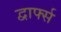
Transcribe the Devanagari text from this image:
द्वार्फ्स